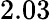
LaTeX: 2.03